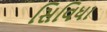
સિવિધા